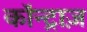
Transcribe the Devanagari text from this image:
कॉन्ट्राज़